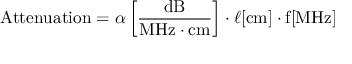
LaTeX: { \mathrm { A t t e n u a t i o n } } = \alpha \left[ { \frac { \mathrm { d B } } { { \mathrm { M H z } } \cdot { \mathrm { c m } } } } \right] \cdot \ell [ { \mathrm { c m } } ] \cdot { \mathrm { f } } [ { \mathrm { M H z } } ]